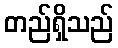
တည်ရှိသည်